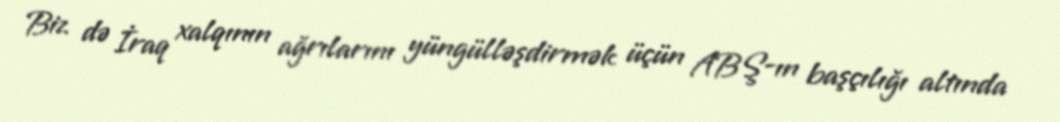
Biz də İraq xalqının ağrılarını yüngülləşdirmək üçün ABŞ-ın başçılığı altında